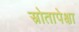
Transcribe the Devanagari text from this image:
स्रोतापेक्षा